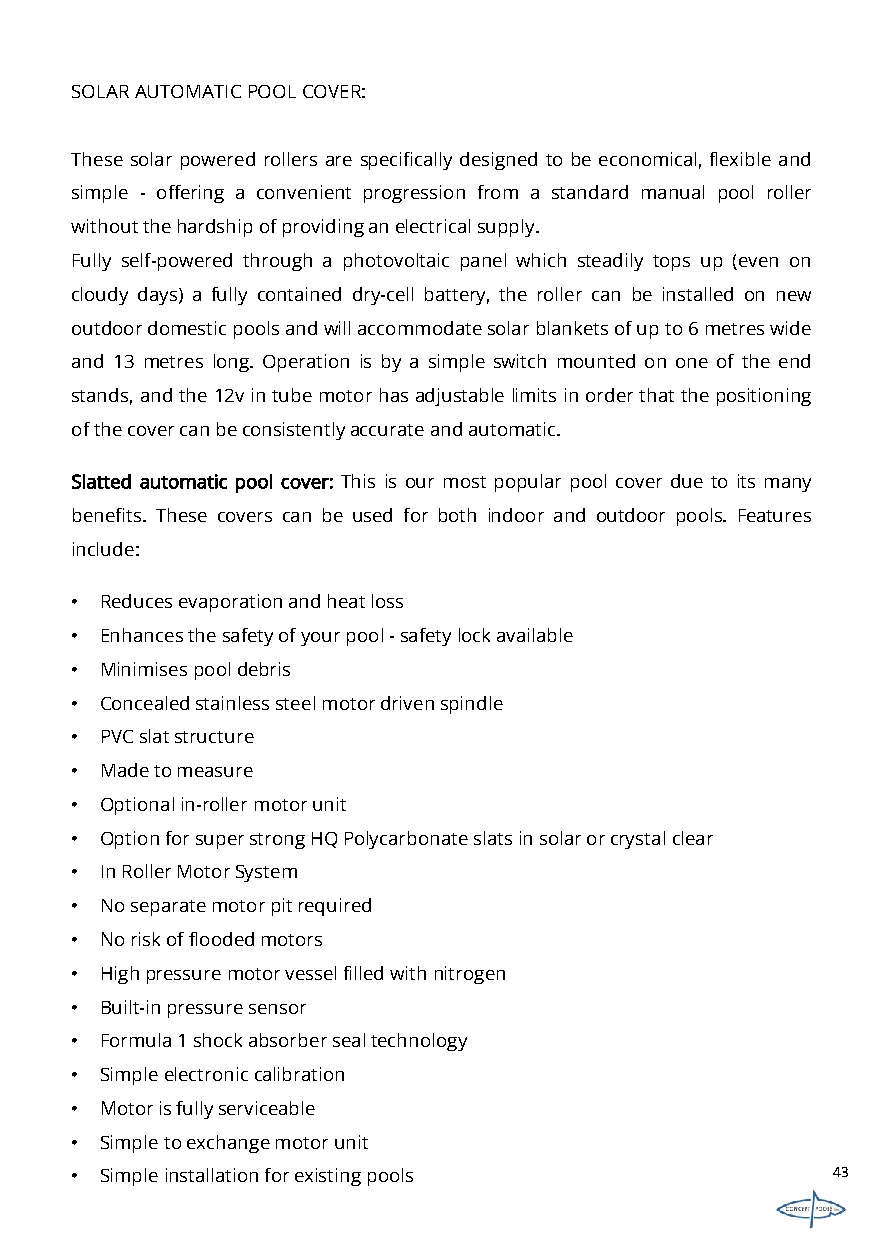
SOLARAUTOMATICPOOLCOVER:
 These solar powered rollers are specifically designed tobe economical, flexible and
 simple - offering a convenient progression from a standard manual pool roller
 withoutthehardshipofprovidinganelectricalsupply.
 Fully self-powered through a photovoltaic panel which steadily tops up (even on
 cloudy days) a fully contained dry-cell battery, the roller can be installed on new
 outdoordomesticpoolsandwillaccommodatesolarblanketsofupto6metreswide
 and 13 metres long. Operation is by a simple switch mounted on one of the end
 stands,andthe12vintubemotorhasadjustablelimitsinorderthatthepositioning
 ofthecovercanbeconsistentlyaccurateandautomatic.
 Slatted automatic pool cover: This is our most popular pool cover due to its many
 benefits. These covers can be used for both indoor and outdoor pools. Features
 include:
 • Reducesevaporationandheatloss
 • Enhancesthesafetyofyourpool-safetylockavailable
 • Minimisespooldebris
 • Concealedstainlesssteelmotordrivenspindle
 • PVCslatstructure
 • Madetomeasure
 • Optionalin-rollermotorunit
 • OptionforsuperstrongHQPolycarbonateslatsinsolarorcrystalclear
 • InRollerMotorSystem
 • Noseparatemotorpitrequired
 • Noriskoffloodedmotors
 • Highpressuremotorvesselfilledwithnitrogen
 • Built-inpressuresensor
 • Formula1shockabsorbersealtechnology
 • Simpleelectroniccalibration
 • Motorisfullyserviceable
 • Simpletoexchangemotorunit
 • Simpleinstallationforexistingpools              43